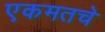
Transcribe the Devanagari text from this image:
एकमतचे